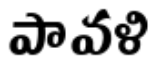
పావళి